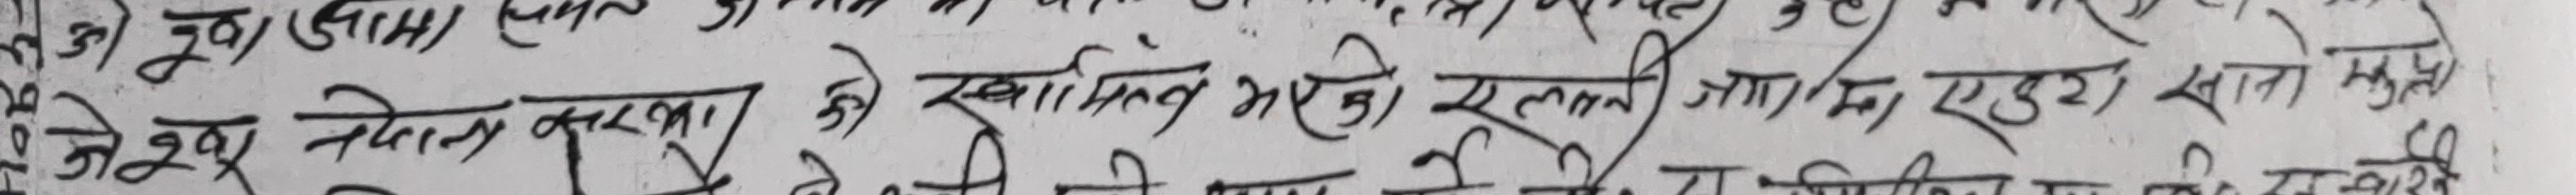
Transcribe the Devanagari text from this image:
जेष्ठ (शामा) नेदन करबा 5) खात्मां अरेको एलमी जादा एदुरा सातो मुफ्ती